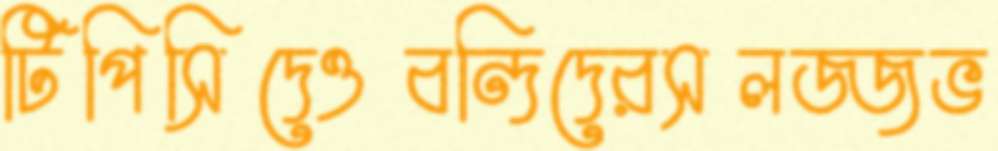
টিপিসিদেওবন্দিদেরসলজ্জভ